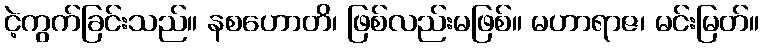
ငဲ့ကွက်ခြင်းသည်။ နစဟောတိ၊ ဖြစ်လည်းမဖြစ်။ မဟာရာဇ၊ မင်းမြတ်။